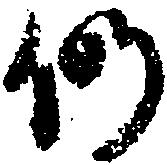
仍